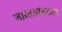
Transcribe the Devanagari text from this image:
जास्तआंतरावर